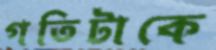
গতিটাকে